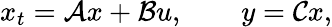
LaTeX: x_{t}=\mathcal{A}x+\mathcal{B}u,\qquad y=\mathcal{C}x,